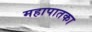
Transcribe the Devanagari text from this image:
महापातका